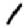
Digit: 1